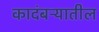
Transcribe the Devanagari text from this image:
कादंबऱ्यातील